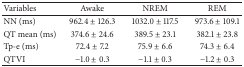
<table><thead><tr><td><b>Variables</b></td><td><b>Awake</b></td><td><b>NREM</b></td><td><b>REM</b></td></tr></thead><tbody><tr><td>NN (ms)</td><td>962.4 ± 126.3</td><td>1032.0 ± 117.5</td><td>973.6 ± 109.1</td></tr><tr><td>QT mean (ms)</td><td>374.6 ± 24.6</td><td>389.5 ± 23.1</td><td>382.1 ± 23.8</td></tr><tr><td>Tp-e (ms)</td><td>72.4 ± 7.2</td><td>75.9 ± 6.6</td><td>74.3 ± 6.4</td></tr><tr><td>QTVI</td><td>−1.0 ± 0.3</td><td>−1.1 ± 0.3</td><td>−1.2 ± 0.3</td></tr></tbody></table>